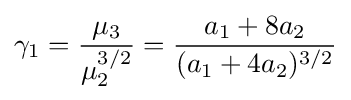
\gamma _{1}={\frac {\mu _{3}}{\mu _{2}^{3/2}}}={\frac {a_{1}+8a_{2}}{(a_{1}+4a_{2})^{3/2}}}